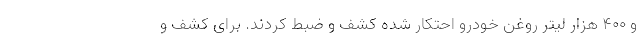
و 400 هزار لیتر روغن خودرو احتکار شده کشف و ضبط کردند. برای کشف و